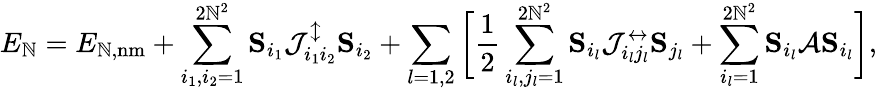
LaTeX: E_{\mathbb{N}}=E_{\mathbb{N},\mathrm{{nm}}}+\sum_{i_{1},i_{2}=1}^{2\mathbb{N}^{2}}{\mathbf{S}}_{i_{1}}\mathcal{{J}}_{i_{1}i_{2}}^{\updownarrow}{\mathbf{S}}_{i_{2}}+\sum_{l=1,2}\bigg[\frac{{1}}{{2}}\sum_{i_{l},j_{l}=1}^{2\mathbb{N}^{2}}{\mathbf{S}}_{i_{l}}\mathcal{{J}}_{i_{l}j_{l}}^{\leftrightarrow}{\mathbf{S}}_{j_{l}}+\sum_{i_{l}=1}^{2\mathbb{N}^{2}}{\mathbf{S}}_{i_{l}}\mathcal{{A}}{\mathbf{S}}_{i_{l}}\bigg],